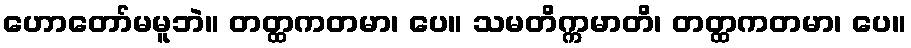
ဟောတော်မမူဘဲ။ တတ္ထကတမာ၊ ပေ။ သမတိက္ကမာတိ၊ တတ္ထကတမာ၊ ပေ။